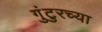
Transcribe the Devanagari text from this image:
गुंटुरच्या